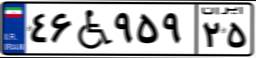
۴۶W۹۵۹۲۵